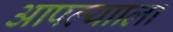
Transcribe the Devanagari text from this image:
आपल्यााला